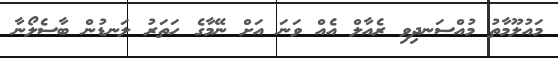
މައުލޫމާތު މުއްސަނދިވި ރެއާލް އެއް ވަނަ އަށް ނޭމާގެ ހަތަރު ލަނޑުން ބާސެލޯނާ